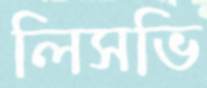
লিসভি